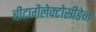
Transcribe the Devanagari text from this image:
बीटागैलेक्टोसीडेज